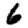
Digit: 6